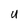
Character: U